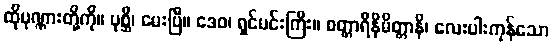
ထိုပုဏ္ဏားတို့ကို။ ပုစ္ဆိ၊ မေးပြီ။ ဒေဝ၊ ရှင်မင်းကြီး။ စတ္တာရိနိမိတ္တာနိ၊ လေးပါးကုန်သော